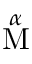
\stackrel { \alpha } { \mathrm { M } }